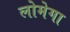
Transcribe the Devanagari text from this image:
लोमेगा